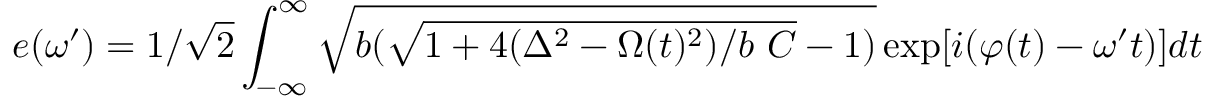
e ( \omega ^ { \prime } ) = 1 / \sqrt { 2 } \int _ { - \infty } ^ { \infty } \sqrt { b ( \sqrt { 1 + 4 ( \Delta ^ { 2 } - \Omega ( t ) ^ { 2 } ) / b \ C } - 1 ) } \exp [ i ( \varphi ( t ) - \omega ^ { \prime } t ) ] d t